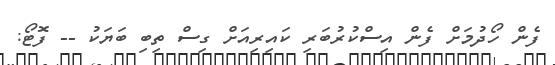
ފެން ހޯދުމަށް ފެން އިސްކުރުބަރި ކައިރިއަށް ގިސް ތިބި ބަޔަކު -- ފޮޓޯ: